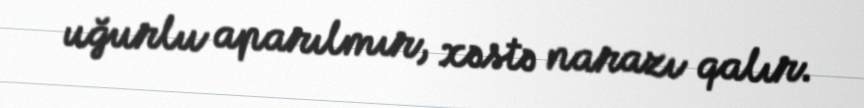
uğurlu aparılmır, xəstə narazı qalır.